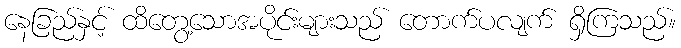
နေခြည်နှင့် ထိတွေ့သောအပိုင်းများသည် တောက်ပလျက် ရှိကြသည်။